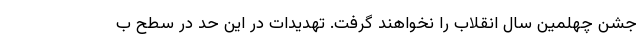
جشن چهلمین سال انقلاب را نخواهند گرفت. تهدیدات در این حد در سطح ب